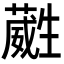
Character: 𭺶